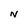
Character: N